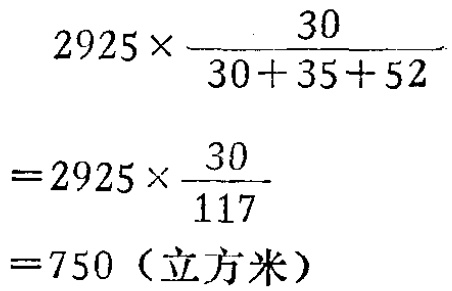
\[

\begin{align*}

&2925\times\frac{30}{30 + 35 + 52}\\

=&2925\times\frac{30}{117}\\

=&750 \text{（立方米）}

\end{align*}

\]